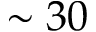
\sim 3 0